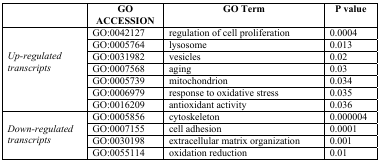
<table><thead><tr><td></td><td><b>GO ACCESSION</b></td><td><b>GO Term</b></td><td><b>P value</b></td></tr></thead><tbody><tr><td rowspan="7"><i>Up-regulated transcripts</i></td><td>GO:0042127</td><td>regulation of cell proliferation</td><td>0.0004</td></tr><tr><td>GO:0005764</td><td>lysosome</td><td>0.013</td></tr><tr><td>GO:0031982</td><td>vesicles</td><td>0.02</td></tr><tr><td>GO:0007568</td><td>aging</td><td>0.03</td></tr><tr><td>GO:0005739</td><td>mitochondrion</td><td>0.034</td></tr><tr><td>GO:0006979</td><td>response to oxidative stress</td><td>0.035</td></tr><tr><td>GO:0016209</td><td>antioxidant activity</td><td>0.036</td></tr><tr><td rowspan="4"><i>Down-regulated transcripts</i></td><td>GO:0005856</td><td>cytoskeleton</td><td>0.000004</td></tr><tr><td>GO:0007155</td><td>cell adhesion</td><td>0.0001</td></tr><tr><td>GO:0030198</td><td>extracellular matrix organization</td><td>0.001</td></tr><tr><td>GO:0055114</td><td>oxidation reduction</td><td>0.01</td></tr></tbody></table>